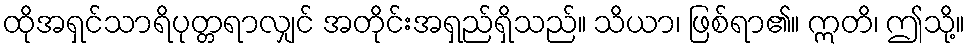
ထိုအရှင်သာရိပုတ္တရာလျှင် အတိုင်းအရှည်ရှိသည်။ သိယာ၊ ဖြစ်ရာ၏။ ဣတိ၊ ဤသို့။